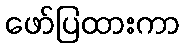
ဖော်ပြထားကာ